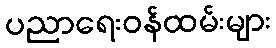
ပညာရေးဝန်ထမ်းများ